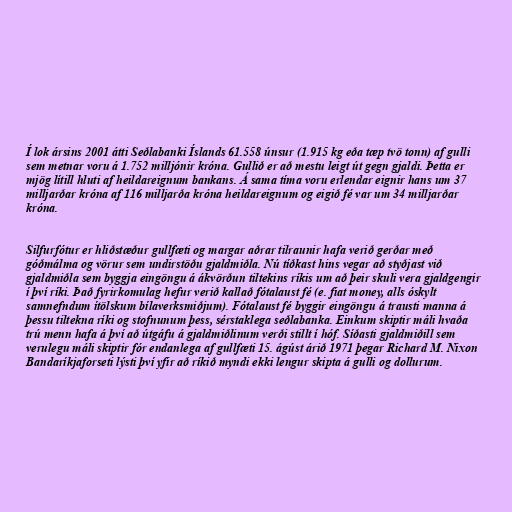
Í lok ársins 2001 átti Seðlabanki Íslands 61.558 únsur (1.915 kg eða tæp tvö tonn) af gulli
sem metnar voru á 1.752 milljónir króna. Gullið er að mestu leigt út gegn gjaldi. Þetta er
mjög lítill hluti af heildareignum bankans. Á sama tíma voru erlendar eignir hans um 37
milljarðar króna af 116 milljarða króna heildareignum og eigið fé var um 34 milljarðar
króna.

Silfurfótur er hliðstæður gullfæti og margar aðrar tilraunir hafa verið gerðar með
góðmálma og vörur sem undirstöðu gjaldmiðla. Nú tíðkast hins vegar að styðjast við
gjaldmiðla sem byggja eingöngu á ákvörðun tiltekins ríkis um að þeir skuli vera gjaldgengir
í því ríki. Það fyrirkomulag hefur verið kallað fótalaust fé (e. fiat money, alls óskylt
samnefndum ítölskum bílaverksmiðjum). Fótalaust fé byggir eingöngu á trausti manna á
þessu tiltekna ríki og stofnunum þess, sérstaklega seðlabanka. Einkum skiptir máli hvaða
trú menn hafa á því að útgáfu á gjaldmiðlinum verði stillt í hóf. Síðasti gjaldmiðill sem
verulegu máli skiptir fór endanlega af gullfæti 15. ágúst árið 1971 þegar Richard M. Nixon
Bandaríkjaforseti lýsti því yfir að ríkið myndi ekki lengur skipta á gulli og dollurum.